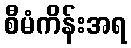
စီမံကိန်းအရ